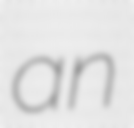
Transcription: an